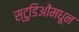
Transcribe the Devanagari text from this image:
स्टुडिओंमधून